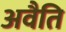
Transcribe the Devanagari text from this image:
अवैति